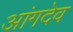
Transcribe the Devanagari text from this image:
आंगदेव